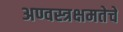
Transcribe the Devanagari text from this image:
अण्वस्त्रक्षमतेचे